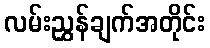
လမ်းညွှန်ချက်အတိုင်း